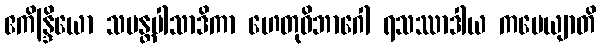
ဧကိန္ဒြိယော သမန္တပါသာဒိကာ ဟေတုဝိဘာဂေါ ရသဿာဒါယ ကမေယျာတိ